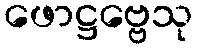
ဖောဋ္ဌဗ္ဗေသု